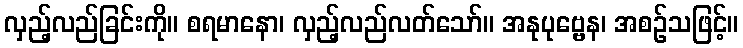
လှည့်လည်ခြင်းကို။ စရမာနော၊ လှည့်လည်လတ်သော်။ အနုပုဗ္ဗေန၊ အစဉ်သဖြင့်။